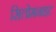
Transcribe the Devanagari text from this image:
सिलोमनाइट